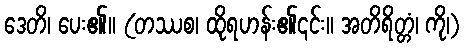
ဒေတိ၊ ပေး၏။ (တဿစ၊ ထိုရဟန်း၏၎င်း။ အတိရိတ္တံ၊ ကို၊)